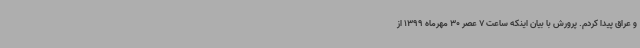
و عراق پیدا کردم. پرورش با بیان اینکه ساعت 7 عصر 30 مهرماه 1399 از